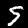
Digit: 5